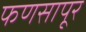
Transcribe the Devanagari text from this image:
फणसापूर